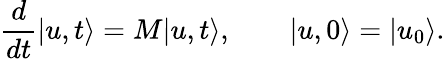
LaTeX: \frac{d}{dt}|u,t\rangle=M|u,t\rangle,\qquad|u,0\rangle=|u_{0}\rangle.